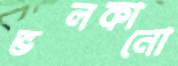
ভলকানো